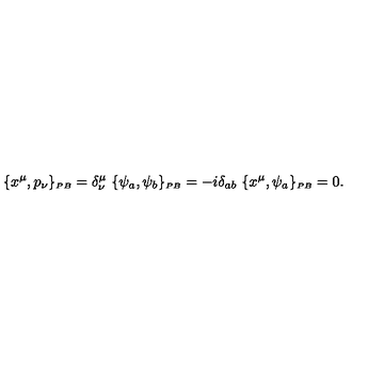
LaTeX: \{ x ^ { \mu } , p _ { \nu } \} _ { \scriptscriptstyle { P B } } = \delta _ { \nu } ^ { \mu } \ \{ \psi _ { a } , \psi _ { b } \} _ { \scriptscriptstyle { P B } } = - i \delta _ { a b } \ \{ x ^ { \mu } , \psi _ { a } \} _ { \scriptscriptstyle { P B } } = 0 .